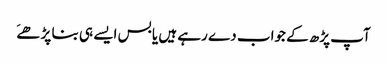
آپ پڑھ کے جواب دے رہے ہیں یا بس ایسے ہی بنا پڑھےَ